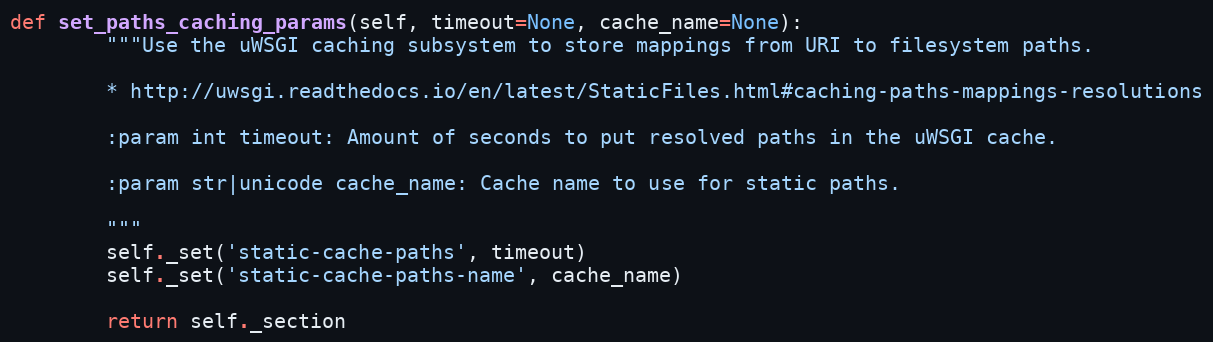
Language: Python
def set_paths_caching_params(self, timeout=None, cache_name=None):
        """Use the uWSGI caching subsystem to store mappings from URI to filesystem paths.

        * http://uwsgi.readthedocs.io/en/latest/StaticFiles.html#caching-paths-mappings-resolutions

        :param int timeout: Amount of seconds to put resolved paths in the uWSGI cache.

        :param str|unicode cache_name: Cache name to use for static paths.

        """
        self._set('static-cache-paths', timeout)
        self._set('static-cache-paths-name', cache_name)

        return self._section